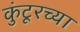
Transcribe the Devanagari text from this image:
कुंटूरच्या